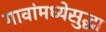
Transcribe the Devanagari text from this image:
गावांमध्येसुद्धा